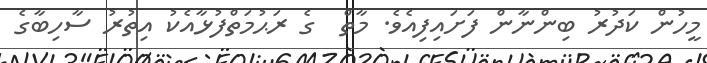
މީހުން ކަދުރު ބިންނާން ފަށައިފިއެވެ. މާތް  ގެ ރަޙުމަތްފުޅާއެކު އިތުރު ސާހިބާގެ